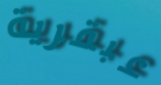
عبقرية